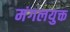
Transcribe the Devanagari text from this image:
मंगलयुक्त